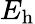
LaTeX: E_{\mathrm{h}}